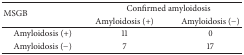
| <ROWSPAN=2> MSGB | <COLSPAN=2> Confirmed amyloidosis |
 | Amyloidosis (+) | Amyloidosis (−) |
 | --- | --- | --- |
 | Amyloidosis (+) | 11 | 0 |
 | Amyloidosis (−) | 7 | 17 |